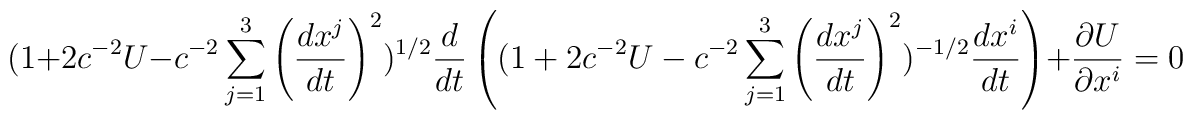
(1 + 2c^{- 2}U - c^{- 2}\sum_{j = 1}^{3}\left( \frac{dx^{j}}{dt} \right)^{2} )^{1/2}\frac{d}{dt} \left( (1 + 2c^{- 2}U - c^{- 2}\sum_{j = 1}^{3}\left( \frac{dx^{j}}{dt} \right)^{2} )^{- 1/2}\frac{dx^{i}}{dt} \right) + \frac{\partial U}{\partial x^{i}} = 0